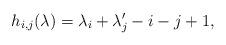
LaTeX: \begin{align*}h_{i,j}(\lambda) = \lambda_i + \lambda'_j -i - j + 1,\end{align*}